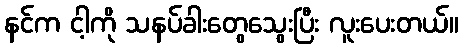
နင်က ငါ့ကို သနပ်ခါးတွေသွေးပြီး လူးပေးတယ်။